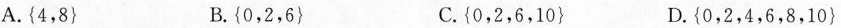
A.{ 4，8 } B.{ 0，2，6 } C.{ 0，2，6，1 0 } D.{ 0，2，4，6，8，1 0 }